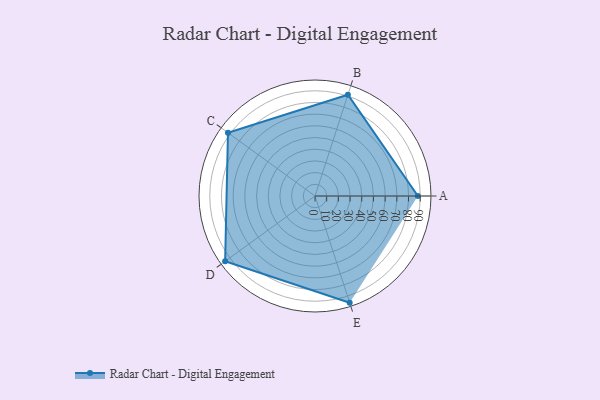
{"axis": {"x": "Skill", "y": "Score"}, "legend": ["Profile"], "data": [{"x": "A", "y": 88.0, "type": "Profile"}, {"x": "B", "y": 91.0, "type": "Profile"}, {"x": "C", "y": 92.0, "type": "Profile"}, {"x": "D", "y": 95.0, "type": "Profile"}, {"x": "E", "y": 96.0, "type": "Profile"}]}